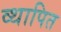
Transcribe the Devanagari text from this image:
व्थापित